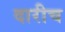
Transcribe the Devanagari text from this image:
दारीच